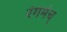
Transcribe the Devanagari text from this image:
रंगमंच्